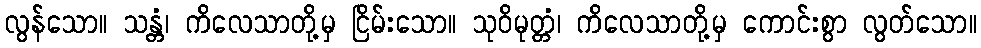
လွန်သော။ သန္တံ၊ ကိလေသာတို့မှ ငြိမ်းသော။ သုဝိမုတ္တံ၊ ကိလေသာတို့မှ ကောင်းစွာ လွတ်သော။